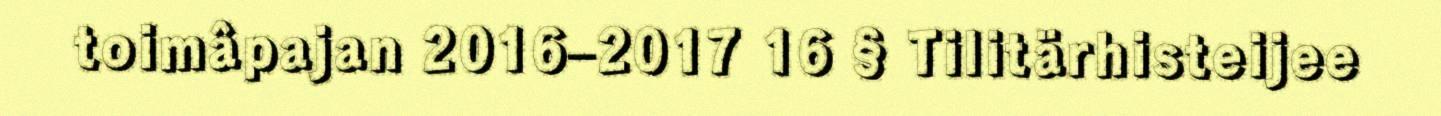
toimâpajan 2016–2017 16 § Tilitärhisteijee